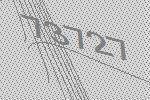
73727